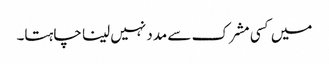
میں کسی مشرک سے مدد نہیں لینا چاہتا۔